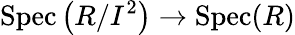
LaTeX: \operatorname{Spec}\left(R/I^{2}\right)\to\operatorname{Spec}(R)